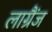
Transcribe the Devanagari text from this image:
लाग्रैंज